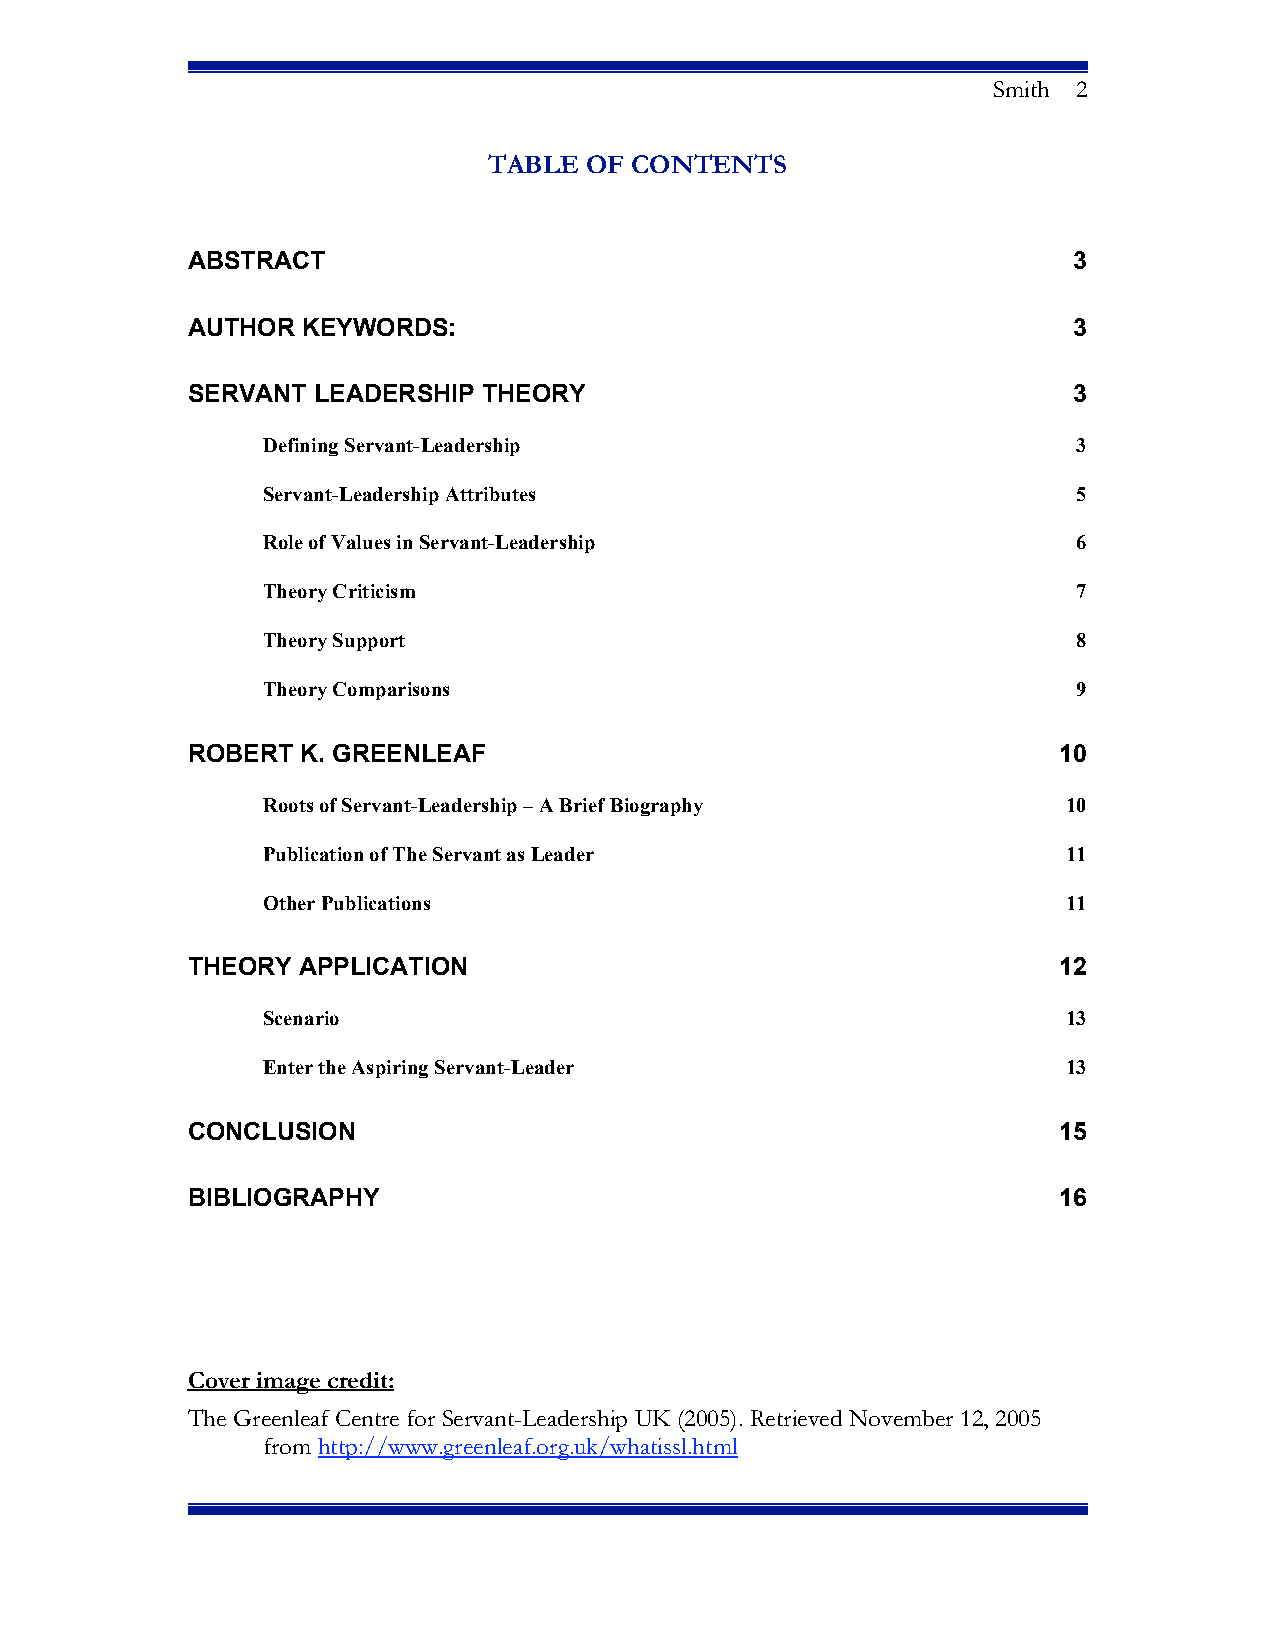
Smith 2
 TABLE  OF CONTENTS
 ABSTRACT                                                   3
 AUTHOR  KEYWORDS:                                          3
 SERVANT  LEADERSHIP THEORY                                 3
 Defining Servant-Leadership                           3
 Servant-Leadership Attributes                         5
 Role of Values in Servant-Leadership                  6
 Theory Criticism                                      7
 Theory Support                                        8
 Theory Comparisons                                    9
 ROBERT  K. GREENLEAF                                      10
 Roots of Servant-Leadership – A Brief Biography       10
 Publication of The Servant as Leader                  11
 Other Publications                                    11
 THEORY  APPLICATION                                       12
 Scenario                                              13
 Enter the Aspiring Servant-Leader                     13
 CONCLUSION                                                15
 BIBLIOGRAPHY                                              16
 Cover image credit:
 The Greenleaf Centre for Servant-Leadership UK (2005). Retrieved November 12, 2005
 from http://www.greenleaf.org.uk/whatissl.html